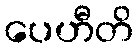
ပေဟီတိ